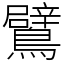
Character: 鷿